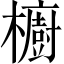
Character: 櫥